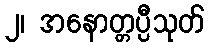
၂၊ အနောတ္တပ္ပီသုတ်